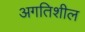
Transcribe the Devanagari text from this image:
अगतिशील